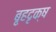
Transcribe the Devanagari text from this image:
बृ्हदृक्ष